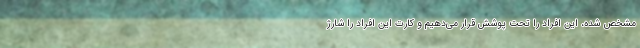
مشخص شده، این افراد را تحت پوشش قرار می‌دهیم و کارت این افراد را شارژ